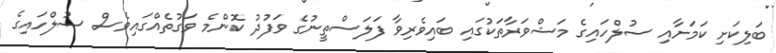
ބަލިކަށި ކަމަށާއި ސުލްހައިގެ މަޝްވަރާތަކުގައި ބައިވެރިވާ ފަލަސްތީނުގެ ވަފުދު ކޮންމެ ވަގުތެއްގައިވެސް ސުލްހައިގެ